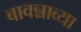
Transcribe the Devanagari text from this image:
बावन्नाव्या